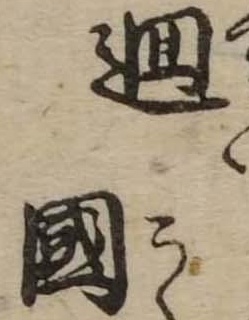
廻国